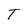
Character: T